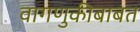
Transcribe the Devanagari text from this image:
वागणुकीबाबत